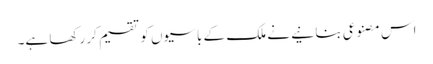
اس مصنوعی بنانیے نے ملک کے باسیوں کو تقسیم کر رکھا ہے۔